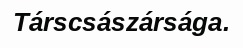
Társcsászársága.